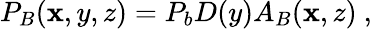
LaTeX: P_{B}(\mathbf{x},y,z)=P_{b}D(y)A_{B}(\mathbf{x},z)~,